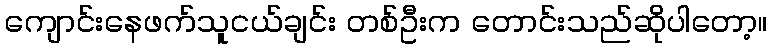
ကျောင်းနေဖက်သူငယ်ချင်း တစ်ဦးက တောင်းသည်ဆိုပါတော့။